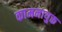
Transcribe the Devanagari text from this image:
कामनायुक्त